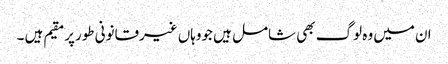
ان میں وہ لوگ بھی شامل ہیں جووہاں غیرقانونی طورپرمقیم ہیں ۔